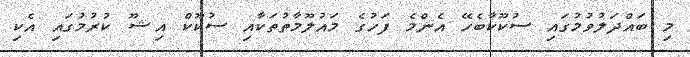
މި ބައްދަލުވުމުގައި ސުކޫކާބެހޭ އެންމެ ފަހުގެ މައުލޫމާތުތަކާއި ސުކޫކް އިޝޫ ކުރުމުގައި އެކި